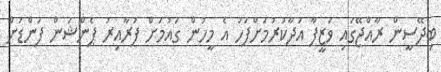
ބިދޭސީން ރާއްޖޭގައި ވަޒީފާ އަދާކުރުމަށްފަހު އެ މީހުން ގައުމަށް ފުރާއިރު ޕެންޝަން ފަންޑަށް